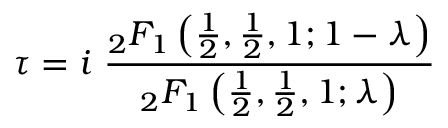
\tau = i \ { \frac { { } _ { 2 } F _ { 1 } \left( { \frac { 1 } { 2 } } , { \frac { 1 } { 2 } } , 1 ; 1 - \lambda \right) } { { } _ { 2 } F _ { 1 } \left( { \frac { 1 } { 2 } } , { \frac { 1 } { 2 } } , 1 ; \lambda \right) } }